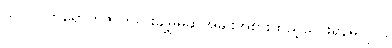
သင်ပင်ဘရောက်ဇာကိုတိုးချဲ့မှုမဆိုအမျိုးအစားထည့်သွင်းရန်မလိုပါ.